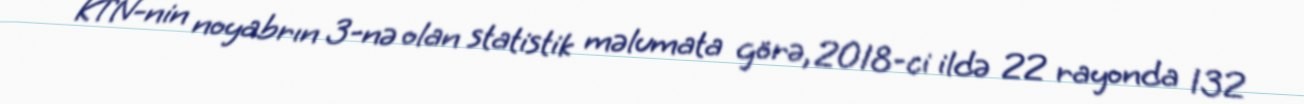
KTN-nin noyabrın 3-nə olan statistik məlumata görə, 2018-ci ildə 22 rayonda 132